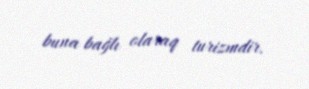
buna bağlı olaraq turizmdir.